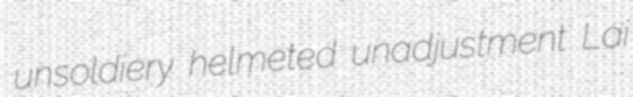
unsoldiery helmeted unadjustment Lai